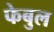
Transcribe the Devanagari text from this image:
फेबुल